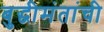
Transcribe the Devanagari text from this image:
बुद्धीमंतांची